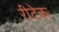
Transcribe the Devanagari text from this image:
रीटेक